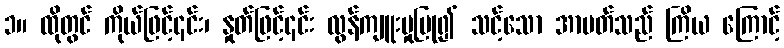
၁။ ထိုတွင် ကိုယ်ဖြင့်၎င်း၊ နှုတ်ဖြင့်၎င်း လွန်ကျူးမှုပြု၍ သင့်သော အာပတ်သည် ကြိယ ကြောင့်